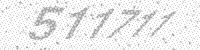
Solution: 511711